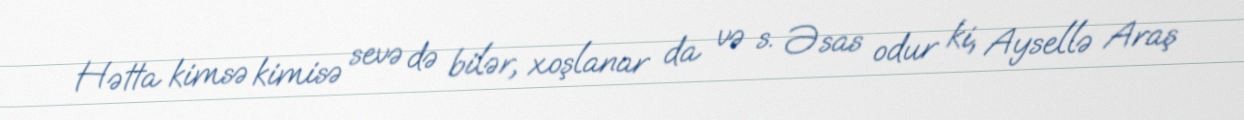
Hətta kimsə kimisə sevə də bilər, xoşlanar da və s. Əsas odur ki, Aysellə Araş